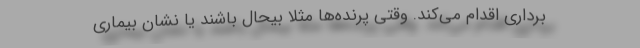
برداری اقدام می‌کند. وقتی پرنده‌ها مثلا بیحال باشند یا نشان بیماری